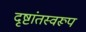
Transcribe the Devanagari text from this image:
दृष्टांतस्वरूप